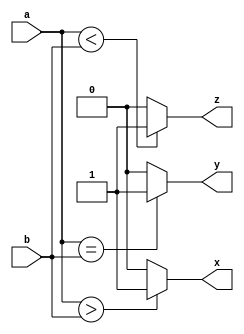
`timescale 1ns / 1ps

module comparator_4bit(a, b, x, y, z);

input [3:0] a, b;

output x, y, z;

wire x, y, z;

assign x = (a > b) ? 1'b1 : 1'b0;

assign y = (a == b) ? 1'b1 : 1'b0;

assign z = (a < b) ? 1'b1 : 1'b0;

endmodule